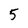
Character: 5